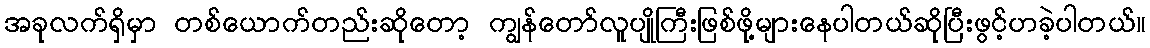
အခုလက်ရှိမှာ တစ်ယောက်တည်းဆိုတော့ ကျွန်တော်လူပျိုကြီးဖြစ်ဖို့များနေပါတယ်ဆိုပြီးဖွင့်ဟခဲ့ပါတယ်။